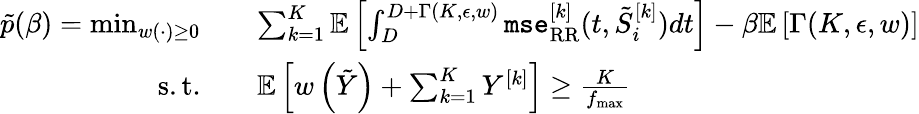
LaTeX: \begin{array}{rl}{\tilde{p}(\beta)=\operatorname*{min}_{w(\cdot)\geq 0}}&{\quad\sum_{k=1}^{K}{\mathbb{E}}\left[\int_{D}^{D+\Gamma(K,\epsilon,w)}\texttt{mse}_{\mathrm{RR}}^{[k]}(t,\tilde{S}_{i}^{[k]})dt\right]-\beta{\mathbb{E}}\left[\Gamma(K,\epsilon,w)\right]}\\ {\mathrm{s.t.}}&{\quad{\mathbb{E}}\left[w\left(\tilde{Y}\right)+\sum_{k=1}^{K}Y^{[k]}\right]\geq\frac{K}{f_{\operatorname*{max}}}}\end{array}